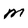
Character: M